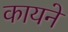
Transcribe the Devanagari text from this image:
कायने